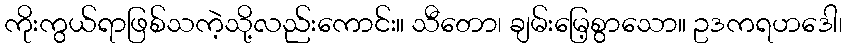
ကိုးကွယ်ရာဖြစ်သကဲ့သို့လည်းကောင်း။ သီတော၊ ချမ်းမြေ့စွာသော။ ဥဒကရဟဒေါ၊